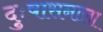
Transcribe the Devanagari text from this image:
दुःषासनाला